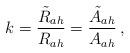
LaTeX: \begin{align*}k=\frac{{\tilde R}_{ah}}{R_{ah}}=\frac{{\tilde A}_{ah}}{A_{ah}}\, ,\end{align*}